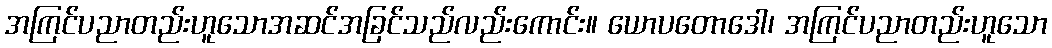
အကြင်ပညာတည်းဟူသောအဆင်အခြင်သည်လည်းကောင်း။ ယောပတောဒေါ၊ အကြင်ပညာတည်းဟူသော